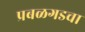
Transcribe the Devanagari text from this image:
प्रबळगडचा